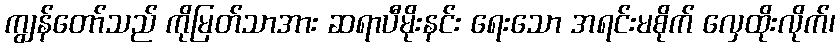
ကျွန်တော်သည် ကိုမြတ်သာအား ဆရာပီမိုးနင်း ရေးသော အရင်းမစိုက် လှေထိုးလိုက်၊